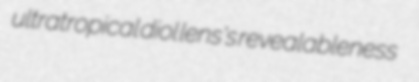
ultratropical diol lens's revealableness